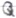
Text: Q